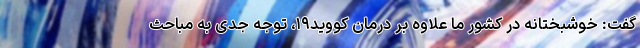
گفت: خوشبختانه در کشور ما علاوه بر درمان کووید۱۹، توجه جدی به مباحث